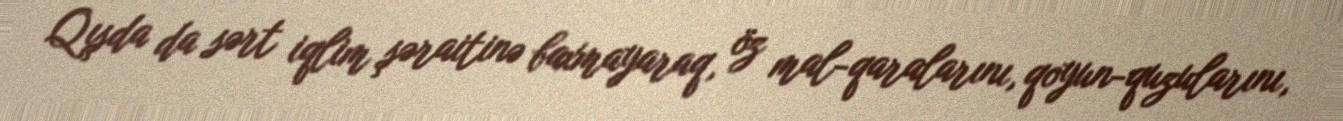
Qışda da sərt iqlim şəraitinə baxmayaraq, öz mal-qaralarını, qoyun-quzularını,